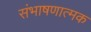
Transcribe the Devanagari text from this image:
संभाषणात्मक